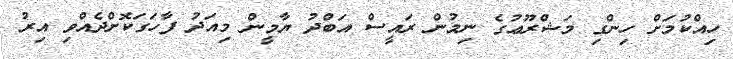
ހިއްކުމަށް ހިންގި މަޝްރޫޢުގެ ނިމުން ރައީސް އަބްދު ޔާމީން މިއަދު ފާހަގަކޮށްދެއްވި އިރު